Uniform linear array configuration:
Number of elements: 16
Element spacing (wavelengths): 0.75
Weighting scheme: cosine
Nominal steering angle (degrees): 45
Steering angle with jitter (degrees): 45.734
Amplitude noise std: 0.05
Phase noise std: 0.05

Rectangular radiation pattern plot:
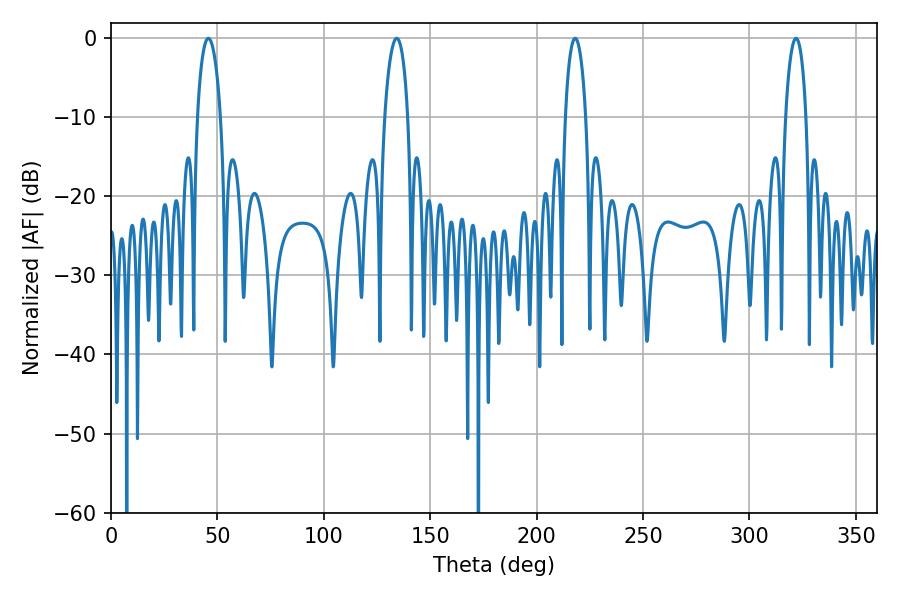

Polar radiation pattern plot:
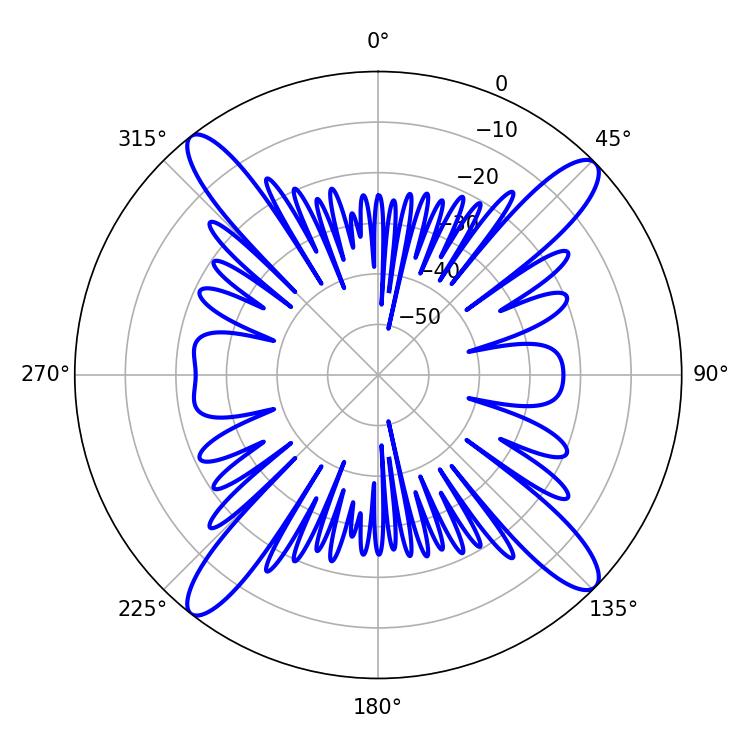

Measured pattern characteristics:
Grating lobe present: TRUE
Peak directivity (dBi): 17.03
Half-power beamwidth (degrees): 6.3
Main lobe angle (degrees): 45.72